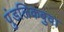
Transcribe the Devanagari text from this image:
पुंडलिकबुवा